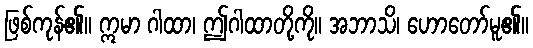
ဖြစ်ကုန်၏။ ဣမာ ဂါထာ၊ ဤဂါထာတို့ကို။ အဘာသိ၊ ဟောတော်မူ၏။